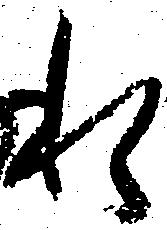
私